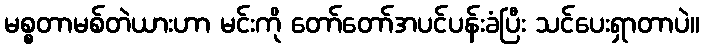
မစ္စတာမစ်တဲယားဟာ မင်းကို တော်တော်အပင်ပန်းခံပြီး သင်ပေးရှာတာပဲ။